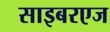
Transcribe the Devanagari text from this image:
साइबरएज